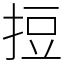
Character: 𢭃